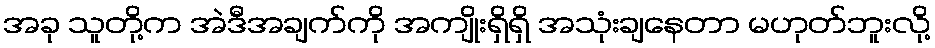
အခု သူတို့က အဲဒီအချက်ကို အကျိုးရှိရှိ အသုံးချနေတာ မဟုတ်ဘူးလို့